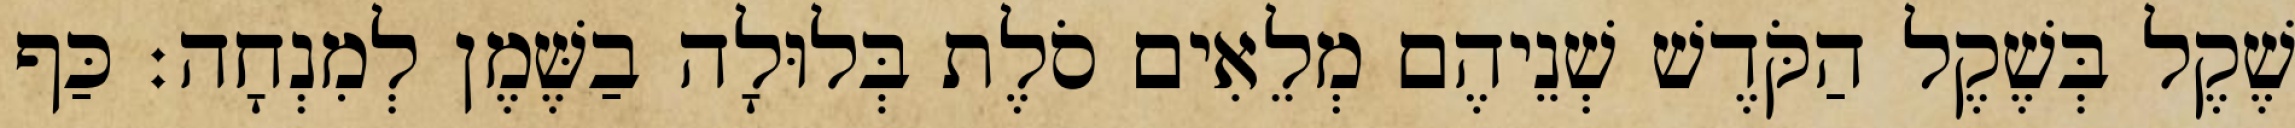
שֶׁקֶל בְּשֶׁקֶל הַקֹּדֶשׁ שְׁנֵיהֶם מְלֵאִים סֹלֶת בְּלוּלָה בַשֶּׁמֶן לְמִנְחָה׃ כַּף